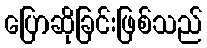
ပြောဆိုခြင်းဖြစ်သည်